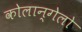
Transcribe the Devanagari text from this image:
कोलान्गेलो